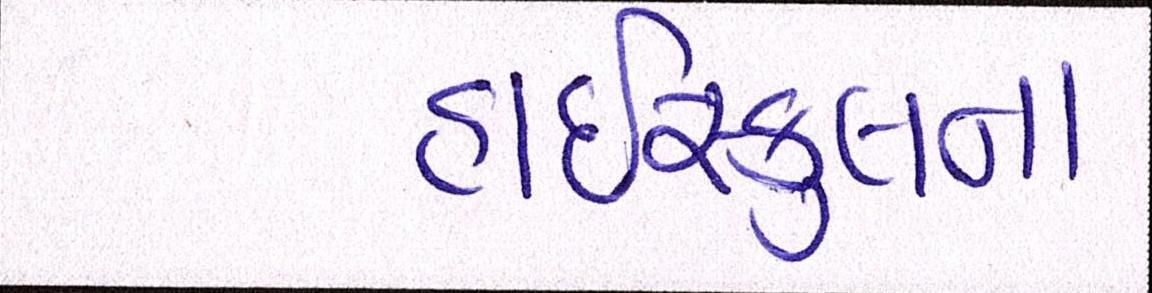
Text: હાઇસ્કુલના